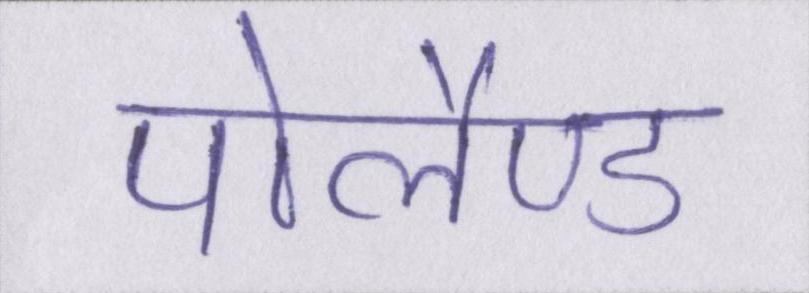
पोलैण्ड